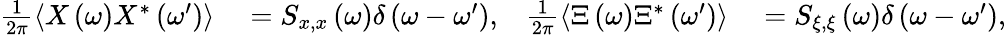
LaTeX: \begin{array}{rlrl}{\frac{1}{2\pi}\left\langle X\left(\omega\right)X^{*}\left(\omega^{\prime}\right)\right\rangle}&{{}=S_{x,x}\left(\omega\right)\delta\left(\omega-\omega^{\prime}\right),}&{\frac{1}{2\pi}\left\langle\Xi\left(\omega\right)\Xi^{*}\left(\omega^{\prime}\right)\right\rangle}&{{}=S_{\xi,\xi}\left(\omega\right)\delta\left(\omega-\omega^{\prime}\right),}\end{array}